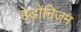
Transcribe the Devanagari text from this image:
हेडोनिजम